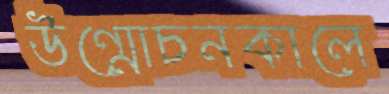
উন্মোচনকালে